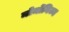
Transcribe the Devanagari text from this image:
मोर्मोनिज्म